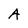
Character: A